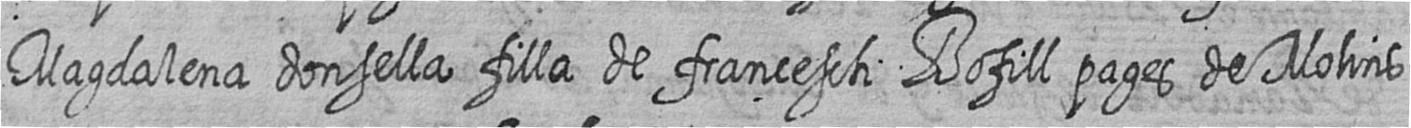
Magdalena donsella filla de francesch Bofill pages de Molins